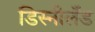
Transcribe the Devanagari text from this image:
डिस्नीलँड